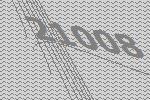
21008